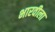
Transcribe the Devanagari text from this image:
भारवीला